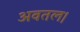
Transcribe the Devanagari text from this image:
अवतल।